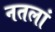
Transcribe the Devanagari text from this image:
नतलां